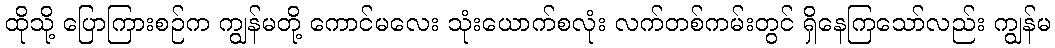
ထိုသို့ ပြောကြားစဉ်က ကျွန်မတို့ ကောင်မလေး သုံးယောက်စလုံး လက်တစ်ကမ်းတွင် ရှိနေကြသော်လည်း ကျွန်မ